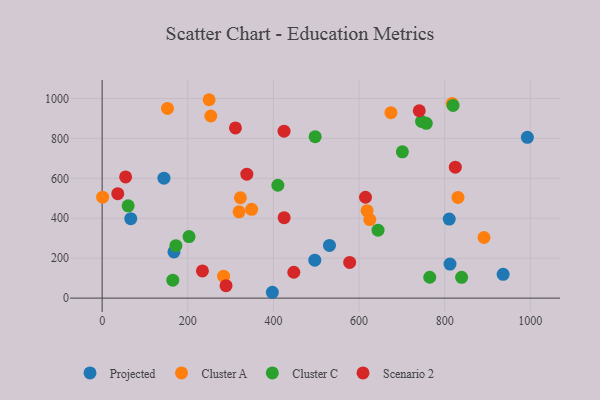
{"axis": {"x": "Ad Spend", "y": "Fuel Efficiency"}, "legend": ["Cluster A", "Cluster C", "Projected", "Scenario 2"], "data": [{"x": "167.7", "y": 231.6, "type": "Projected"}, {"x": "397.5", "y": 29.3, "type": "Projected"}, {"x": "812.4", "y": 170.4, "type": "Projected"}, {"x": "993.1", "y": 805.4, "type": "Projected"}, {"x": "810.6", "y": 395.8, "type": "Projected"}, {"x": "66.8", "y": 398.0, "type": "Projected"}, {"x": "144.3", "y": 600.8, "type": "Projected"}, {"x": "936.5", "y": 119.1, "type": "Projected"}, {"x": "530.9", "y": 264.0, "type": "Projected"}, {"x": "496.6", "y": 190.0, "type": "Projected"}, {"x": "152.5", "y": 950.3, "type": "Cluster A"}, {"x": "891.8", "y": 303.7, "type": "Cluster A"}, {"x": "319.8", "y": 432.2, "type": "Cluster A"}, {"x": "831.0", "y": 504.5, "type": "Cluster A"}, {"x": "674.4", "y": 928.8, "type": "Cluster A"}, {"x": "349.2", "y": 444.9, "type": "Cluster A"}, {"x": "625.1", "y": 393.3, "type": "Cluster A"}, {"x": "817.4", "y": 974.7, "type": "Cluster A"}, {"x": "253.8", "y": 912.3, "type": "Cluster A"}, {"x": "249.8", "y": 993.7, "type": "Cluster A"}, {"x": "1.1", "y": 505.5, "type": "Cluster A"}, {"x": "322.9", "y": 502.7, "type": "Cluster A"}, {"x": "283.6", "y": 110.0, "type": "Cluster A"}, {"x": "618.7", "y": 437.8, "type": "Cluster A"}, {"x": "172.2", "y": 262.8, "type": "Cluster C"}, {"x": "701.2", "y": 733.0, "type": "Cluster C"}, {"x": "819.6", "y": 965.0, "type": "Cluster C"}, {"x": "202.9", "y": 308.2, "type": "Cluster C"}, {"x": "410.4", "y": 565.4, "type": "Cluster C"}, {"x": "60.7", "y": 462.1, "type": "Cluster C"}, {"x": "839.5", "y": 104.1, "type": "Cluster C"}, {"x": "746.0", "y": 885.2, "type": "Cluster C"}, {"x": "497.5", "y": 808.7, "type": "Cluster C"}, {"x": "644.3", "y": 340.2, "type": "Cluster C"}, {"x": "757.0", "y": 875.5, "type": "Cluster C"}, {"x": "165.0", "y": 89.8, "type": "Cluster C"}, {"x": "765.1", "y": 104.6, "type": "Cluster C"}, {"x": "234.2", "y": 136.4, "type": "Scenario 2"}, {"x": "447.6", "y": 129.5, "type": "Scenario 2"}, {"x": "289.3", "y": 62.6, "type": "Scenario 2"}, {"x": "615.0", "y": 505.2, "type": "Scenario 2"}, {"x": "311.3", "y": 852.5, "type": "Scenario 2"}, {"x": "36.5", "y": 522.9, "type": "Scenario 2"}, {"x": "424.8", "y": 836.4, "type": "Scenario 2"}, {"x": "824.8", "y": 655.9, "type": "Scenario 2"}, {"x": "425.0", "y": 402.7, "type": "Scenario 2"}, {"x": "54.8", "y": 607.0, "type": "Scenario 2"}, {"x": "740.6", "y": 938.5, "type": "Scenario 2"}, {"x": "337.9", "y": 620.8, "type": "Scenario 2"}, {"x": "578.1", "y": 179.0, "type": "Scenario 2"}]}